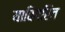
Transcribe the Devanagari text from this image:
याविपरित